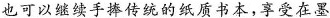
也可以继续手捧传统的纸质书本，享受在墨